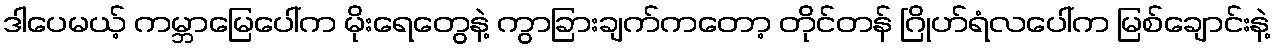
ဒါပေမယ့် ကမ္ဘာမြေပေါ်က မိုးရေတွေနဲ့ ကွာခြားချက်ကတော့ တိုင်တန် ဂြိုဟ်ရံလပေါ်က မြစ်ချောင်းနဲ့